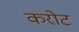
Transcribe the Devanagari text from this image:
करोट